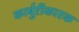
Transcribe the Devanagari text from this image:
कार्बुरीकारक